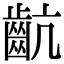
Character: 𪗜